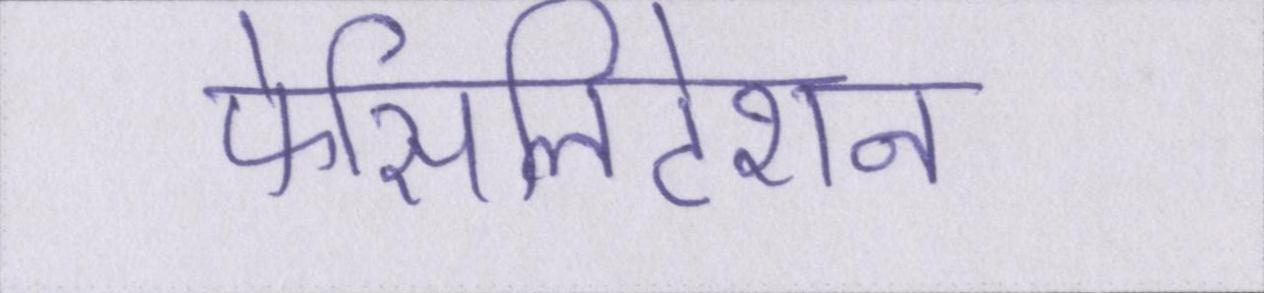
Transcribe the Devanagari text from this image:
फेसिलिटेशन